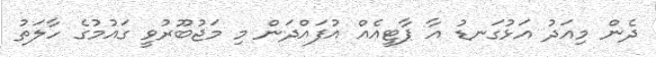
ދެން މިއަދު އަޅުގަނޑު އާ ޕާޓީއެއް އުފައްދަން މި މަޖުބޫރުވީ ގައުމުގެ ހާލަތު